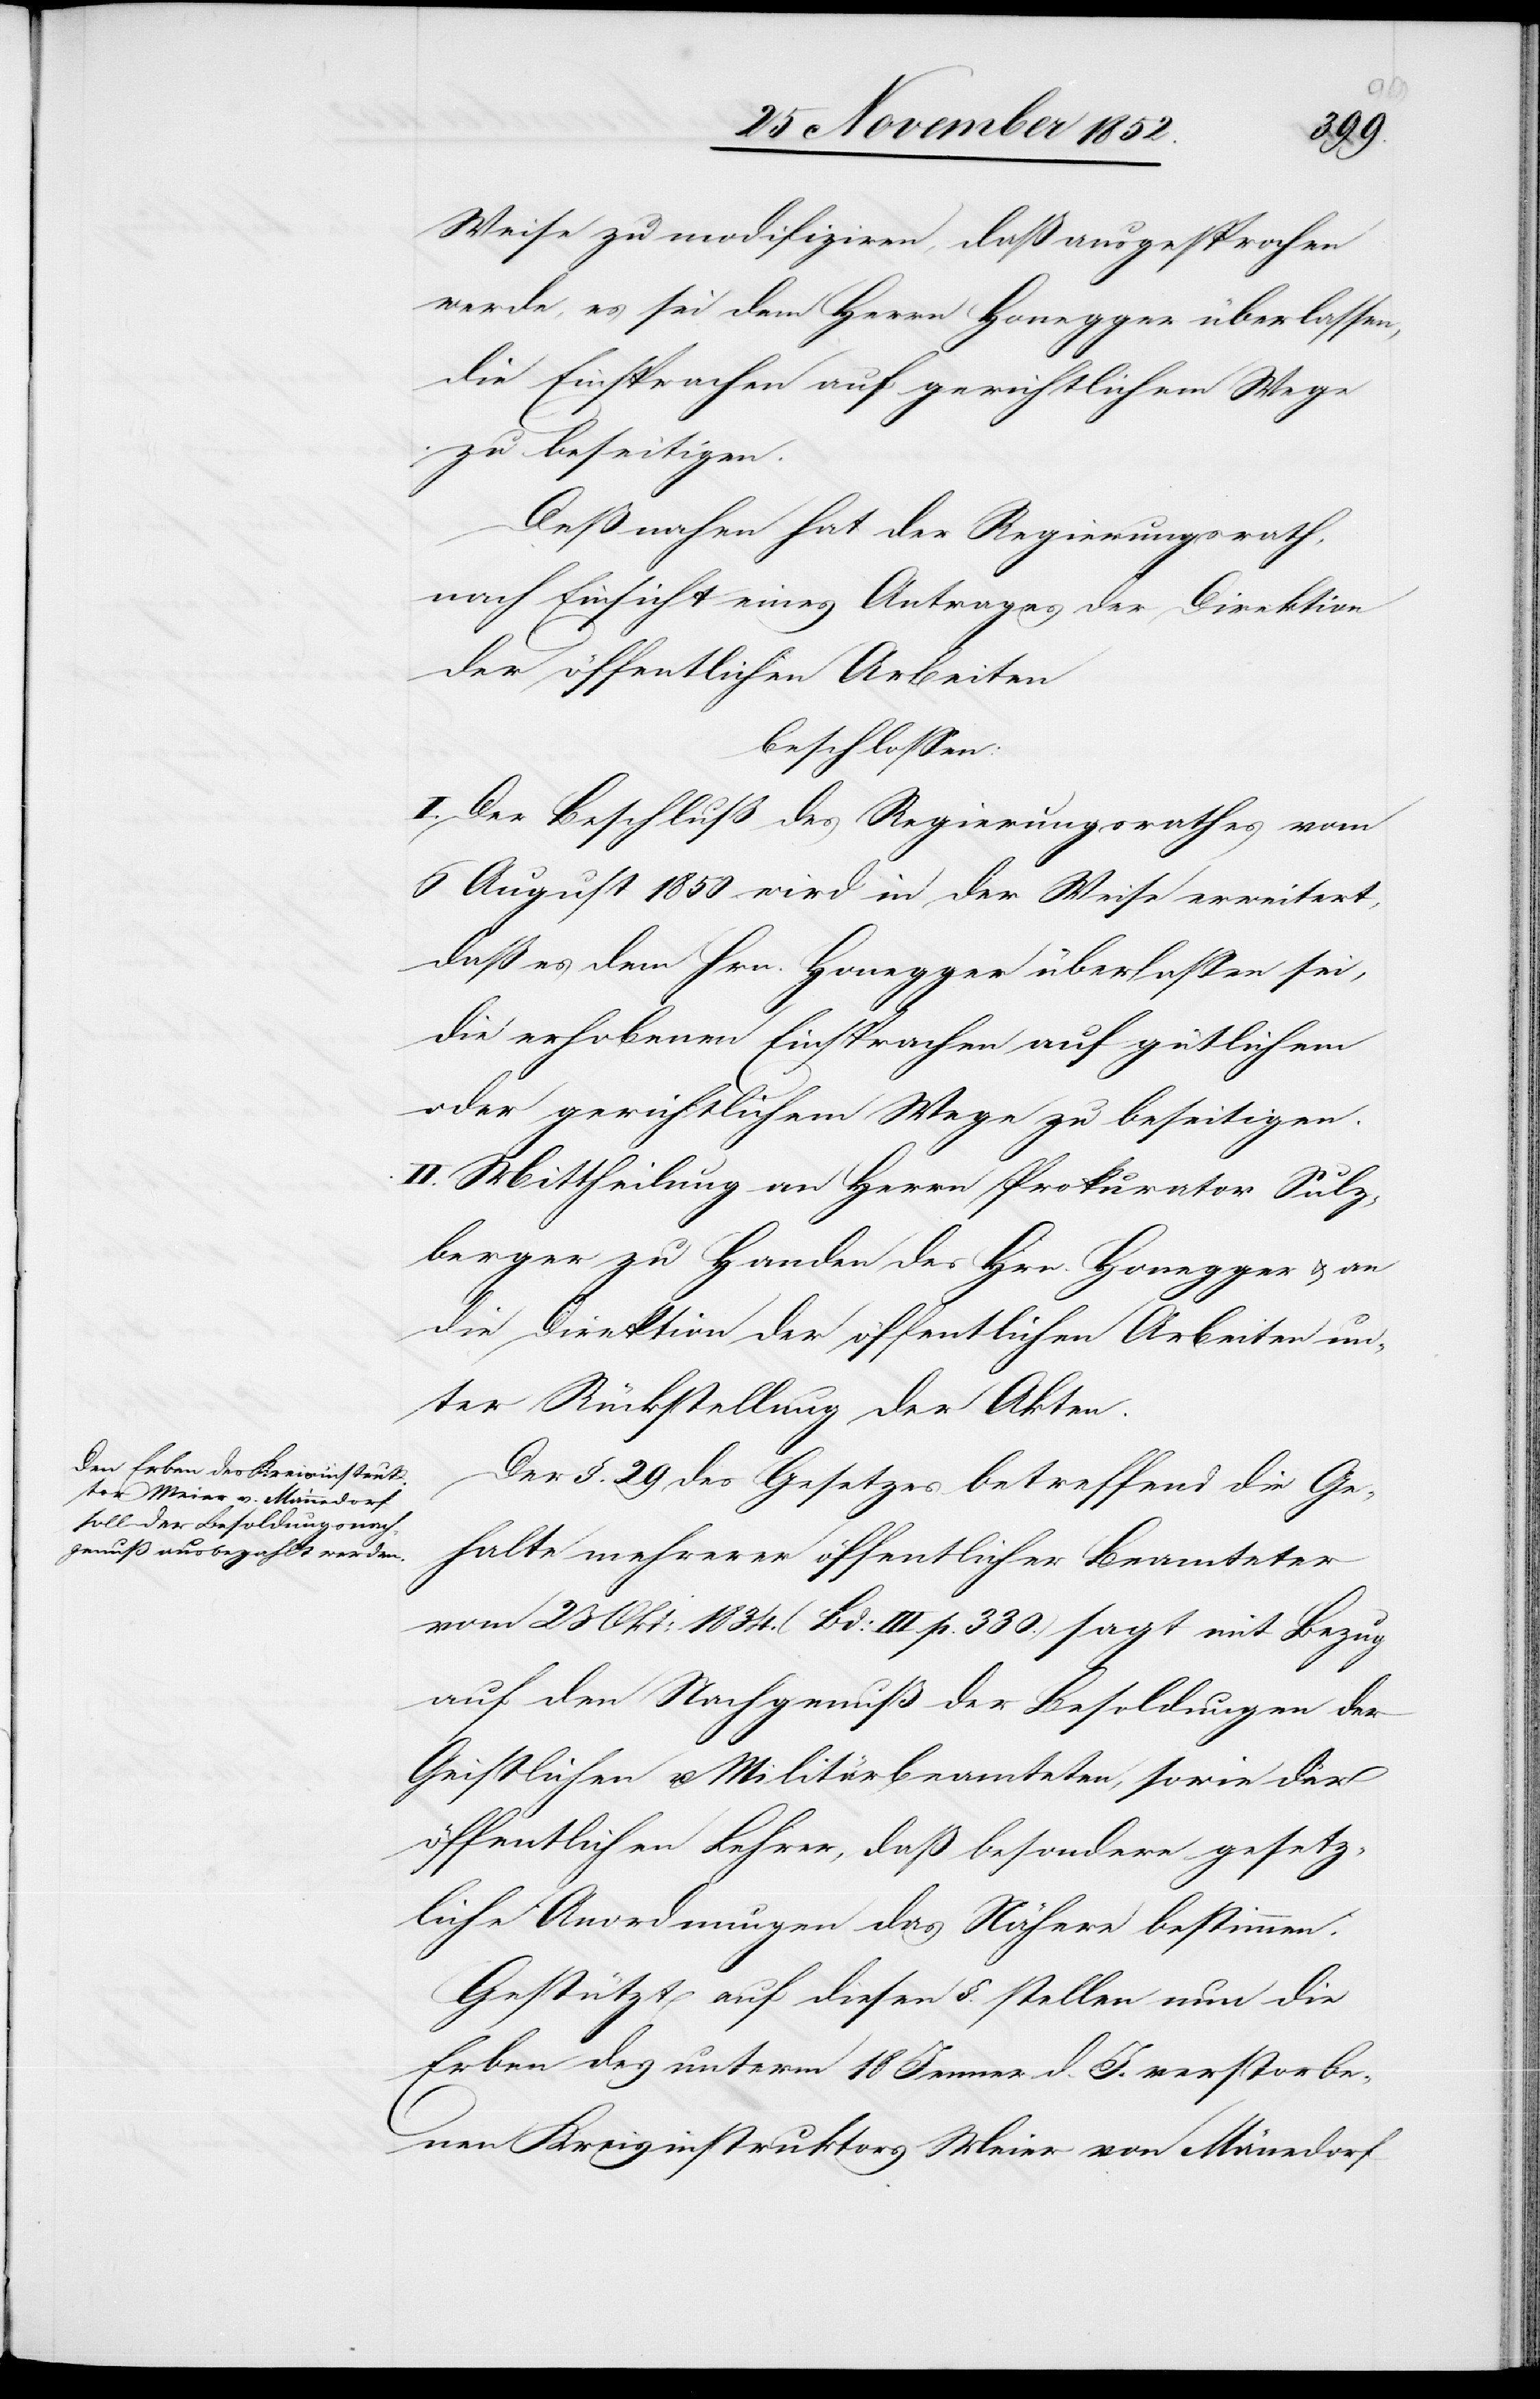
Weise zu modifiziren, daß ausgesprochen
werde, es sei dem Herrn Honegger überlassen,
die Einsprachen auf gerichtlichem Wege
zu beseitigen.
Deßnahen hat der Regierungsrath,
nach Einsicht eines Antrages der Direktion
der öffentlichen Arbeiten
beschlossen:
I. Der Beschluß des Regierungsrathes vom
6 August 1850 wird in der Weise erweitert,
daß es dem Hrn. Honegger überlassen sei,
die erhobenen Einsprachen auf gütlichem
oder gerichtlichem Wege zu beseitigen.
II. Mittheilung an Herrn Prokurator Sulz¬
berger zu Handen des Hrn. Honegger & an
die Direktion der öffentlichen Arbeiten un¬
ter Rückstellung der Akten.
Der §. 29 des Gesetzes betreffend die Ge¬
halte mehrerer öffentlicher Beamteter
vom 23 Okt: 1834. (Bd: III p. 330.) sagt mit Bezug
auf den Nachgenuß der Besoldungen der
Geistlichen u. Militärbeamteten, sowie der
öffentlichen Lehrer, daß besondere gesetz¬
liche Anordnungen das Nähere bestimmen.
Gestützt auf diesen §. stellen nun die
Erben des unterm 18 Jenner d. J. verstorbe¬
nen Kreisinstruktors Meier von Män[n]edorf